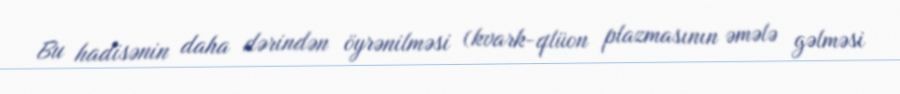
Bu hadisənin daha dərindən öyrənilməsi (kvark-qlüon plazmasının əmələ gəlməsi